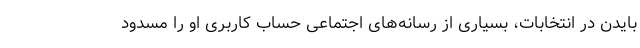
بایدن در انتخابات، بسیاری از رسانه‌های اجتماعی حساب کاربری او را مسدود